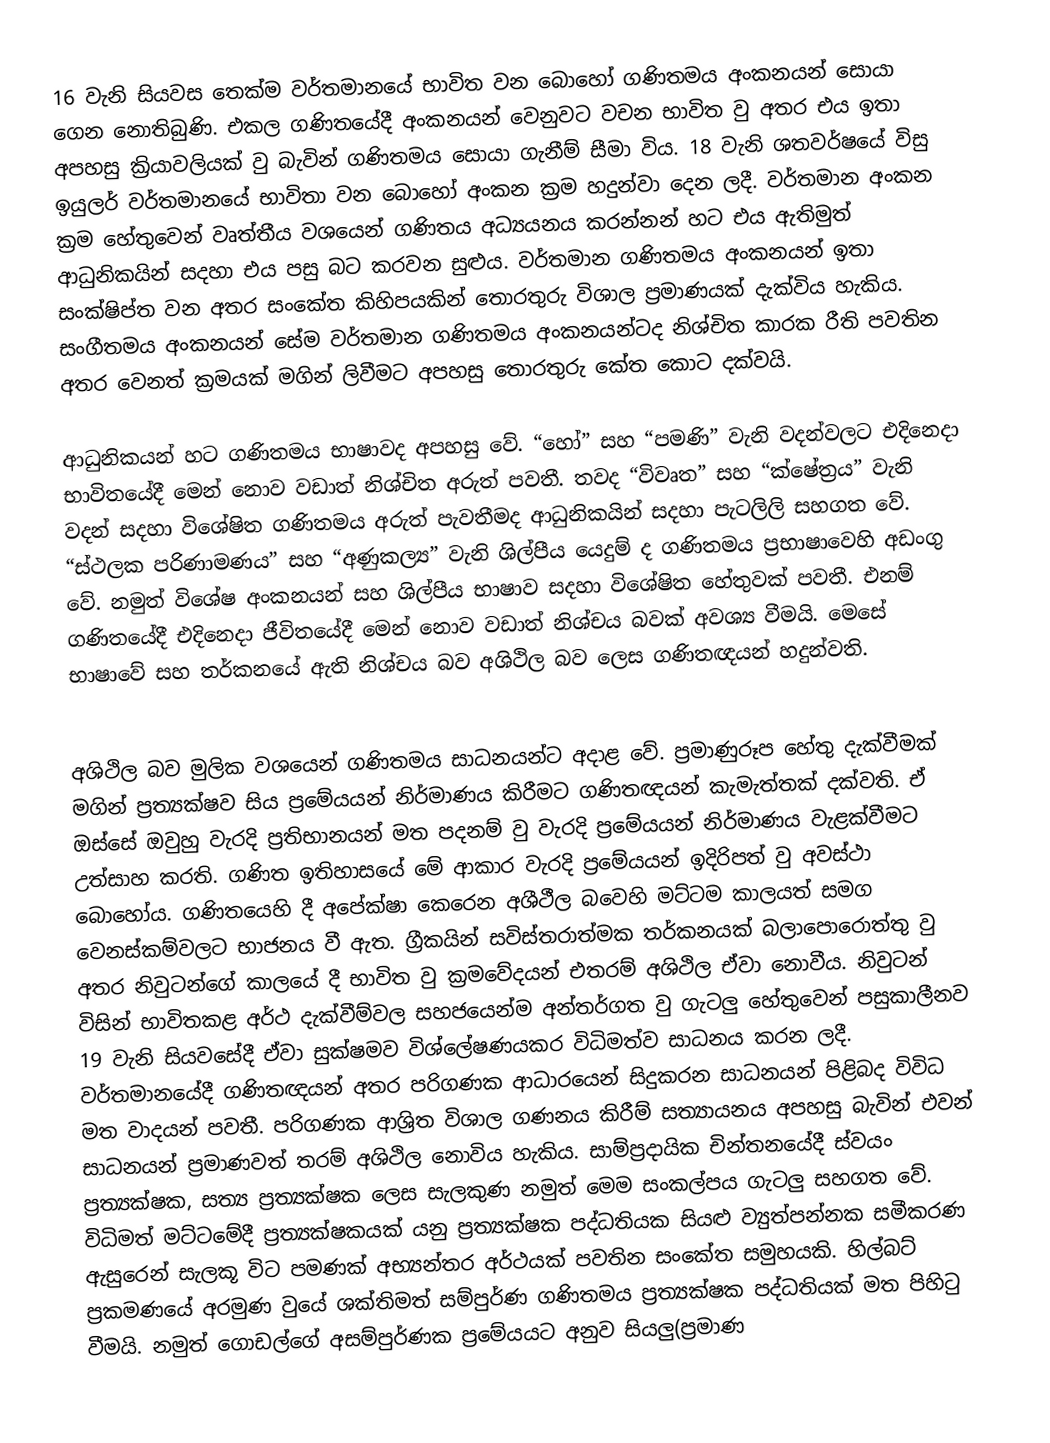
16 වැනි සියවස තෙක්ම වර්තමානයේ භාවිත වන බොහෝ ගණිතමය අංකනයන් සොයා ගෙන නොතිබුණි. එකල ගණිතයේදී අංකනයන් වෙනුවට වචන භාවිත වු අතර එය ඉතා අපහසු ක්‍රියාවලියක් වු බැවින් ගණිතමය සොයා ගැනීම් සීමා විය. 18 වැනි ශතවර්ෂයේ විසු ඉයුලර් වර්තමානයේ භාවිතා වන බොහෝ අංකන ක්‍රම හදුන්වා දෙන ලදී. වර්තමාන අංකන ක්‍රම හේතුවෙන් වෘත්තීය වශයෙන් ගණිතය අධ්‍යයනය කරන්නන් හට එය ඇතිමුත්  ආධුනිකයින් සදහා එය පසු බට කරවන සුළුය. වර්තමාන ගණිතමය අංකනයන් ඉතා සංක්ෂිප්ත වන අතර සංකේත කිහිපයකින් තොරතුරු විශාල ප්‍රමාණයක් දැක්විය හැකිය. සංගීතමය අංකනයන් සේම වර්තමාන ගණිතමය අංකනයන්ටද නිශ්චිත කාරක රීති පවතින අතර වෙනත් ක්‍රමයක් මගින් ලිවීමට අපහසු තොරතුරු කේත කොට දක්වයි.

ආධුනිකයන් හට ගණිතමය භාෂාවද අපහසු වේ. “හෝ” සහ “පමණි” වැනි වදන්වලට එදිනෙදා භාවිතයේදී මෙන් නොව වඩාත් නිශ්චිත අරුත් පවතී. තවද “විවෘත” සහ “ක්ෂේත්‍රය” වැනි වදන් සදහා විශේෂිත ගණිතමය අරුත් පැවතීමද ආධුනිකයින් සදහා පැටලිලි සහගත වේ. “ස්ථලක පරිණාමණය” සහ “අණුකල්‍ය” වැනි ශිල්පීය යෙදුම් ද ගණිතමය ප්‍රභාෂාවෙහි අඩංගු වේ. නමුත් විශේෂ අංකනයන් සහ ශිල්පීය භාෂාව සදහා විශේෂිත හේතුවක් පවතී. එනම් ගණිතයේදී එදිනෙදා ජීවිතයේදී මෙන් නොව වඩාත් නිශ්චය බවක් අවශ්‍ය වීමයි. මෙසේ භාෂාවේ සහ තර්කනයේ ඇති නිශ්චය බව අශිථිල බව ලෙස ගණිතඥයන් හදුන්වති.

අශිථිල බව මුලික වශයෙන් ගණිතමය සාධනයන්ට අදාළ වේ. ප්‍රමාණුරූප හේතු දැක්වීමක් මගින් ප්‍රත්‍යක්ෂව සිය ප්‍රමේයයන් නිර්මාණය කිරීමට ගණිතඥයන් කැමැත්තක් දක්වති.  ඒ ඔස්සේ ඔවුහු වැරදි ප්‍රතිභානයන් මත පදනම් වු වැරදි ප්‍රමේයයන් නිර්මාණය වැළක්වීමට උත්සාහ කරති. ගණිත ඉතිහාසයේ මේ ආකාර වැරදි ප්‍රමේයයන් ඉදිරිපත් වු අවස්ථා බොහෝය. ගණිතයෙහි දී අපේක්ෂා කෙරෙන අශීථීල බවෙහි මට්ටම කාලයත් සමග වෙනස්කම්වලට භාජනය වී ඇත. ග්‍රීකයින් සවිස්තරාත්මක තර්කනයක් බලාපොරොත්තු වු අතර නිවුටන්ගේ කාලයේ දී භාවිත වු ක්‍රමවේදයන් එතරම් අශිථිල ඒවා නොවීය. නිවුටන් විසින් භාවිතකළ අර්ථ දැක්වීම්වල සහජයෙන්ම අන්තර්ගත වු ගැටලු හේතුවෙන් පසුකාලීනව 19  වැනි සියවසේදී ඒවා සුක්ෂමව විශ්ලේෂණයකර විධිමත්ව සාධනය කරන ලදී. වර්තමානයේදී ගණිතඥයන් අතර පරිගණක ආධාරයෙන් සිදුකරන සාධනයන් පිළිබද විවිධ මත වාදයන් පවතී. පරිගණක ආශ්‍රිත විශාල ගණනය කිරීම් සත්‍යායනය අපහසු බැවින් එවන් සාධනයන් ප්‍රමාණවත් තරම් අශිථිල නොවිය හැකිය. සාම්ප්‍රදායික චින්තනයේදී ස්වයං ප්‍රත්‍යක්ෂක, සත්‍ය ප්‍රත්‍යක්ෂක ලෙස සැලකුණ නමුත් මෙම සංකල්පය ගැටලු සහගත වේ. විධිමත් මට්ටමේදී ප්‍රත්‍යක්ෂකයක් යනු ප්‍රත්‍යක්ෂක පද්ධතියක සියළු ව්‍යුත්පන්නක සමීකරණ ඇසුරෙන් සැලකූ විට පමණක් අභ්‍යන්තර අර්ථයක් පවතින සංකේත සමුහයකි. හිල්බට් ප්‍රකමණයේ අරමුණ වුයේ ශක්තිමත් සම්පුර්ණ ගණිතමය ප්‍රත්‍යක්ෂක පද්ධතියක් මත පිහිටු වීමයි. නමුත් ගොඩල්ගේ අසම්පුර්ණක ප්‍රමේයයට අනුව සියලු(ප්‍රමාණ